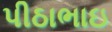
પીઠાભાઇ